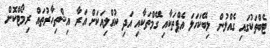
ޓެބްތަކުގައި ގެއްލުން ލިބޭކަހަލަ އެޕްތަކާއި ގޭމްތަކާއި އަދި ކުއްލިއަކަށް އަރާ އިޝްތިހާރުތައް ރިމޯޓްކޮށް